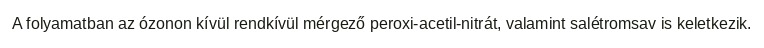
A folyamatban az ózonon kívül rendkívül mérgező peroxi-acetil-nitrát, valamint salétromsav is keletkezik.